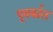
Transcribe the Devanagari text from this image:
पूवर्काल